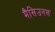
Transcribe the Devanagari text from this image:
मैसिउनस